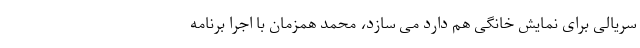
سریالی برای نمایش خانگی هم دارد می سازد، محمد همزمان با اجرا برنامه